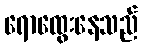
ရောထွေးနေသည်